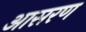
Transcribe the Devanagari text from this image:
आसरण